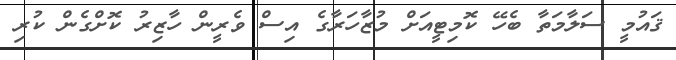
ޤައުމީ ސަލާމަތާ ބެހޭ ކޮމިޓީއަށް މުޒާހަރާގެ އިސް ވެރީން ހާޒިރު ކޮށްގެން ކުރި